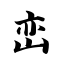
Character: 峦